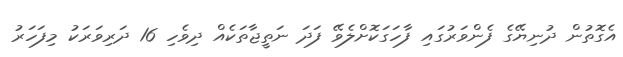
އެގޮތުން ދުނިޔޭގެ ފެންވަރުގައި ފާހަގަކޮށްލެވޭ ފަދަ ނަތީޖާތަކެއް ދިވެހި 16 ދަރިވަރަކު މިފަހަރު